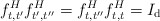
\begin{align*}f_{t,t^{\prime}}^{H}f_{t^{\prime},t^{\prime\prime}}^{H}=f_{t,t^{\prime\prime}}^{H}f_{t,t}^{H}=I_{\mathrm{d}} \end{align*}